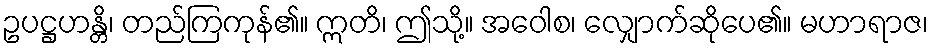
ဥပဋ္ဌဟန္တိ၊ တည်ကြကုန်၏။ ဣတိ၊ ဤသို့။ အဝေါစ၊ လျှောက်ဆိုပေ၏။ မဟာရာဇ၊